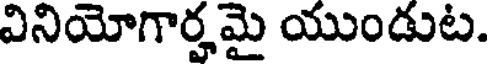
వినియోగార్హమై యుండుట.